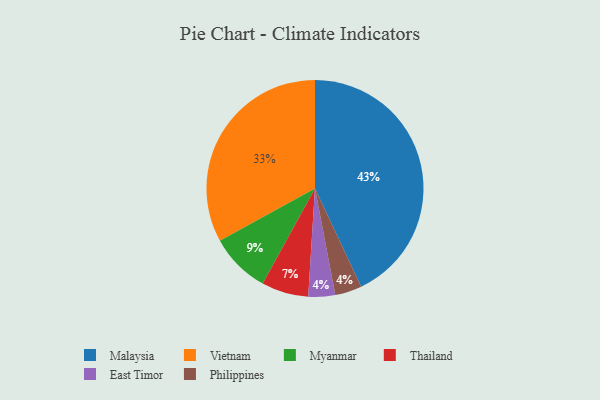
{"axis": {"x": "Category", "y": "Percentage"}, "legend": ["East Timor", "Malaysia", "Myanmar", "Philippines", "Thailand", "Vietnam"], "data": [{"x": "East Timor", "y": 4, "type": "East Timor"}, {"x": "Philippines", "y": 4, "type": "Philippines"}, {"x": "Malaysia", "y": 43, "type": "Malaysia"}, {"x": "Thailand", "y": 7, "type": "Thailand"}, {"x": "Myanmar", "y": 9, "type": "Myanmar"}, {"x": "Vietnam", "y": 33, "type": "Vietnam"}]}